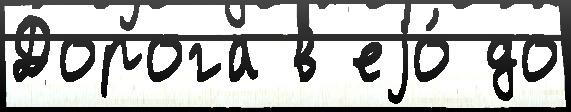
Дорога в еjо́ до